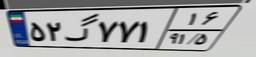
۰۵گ۸۱۳۸۰